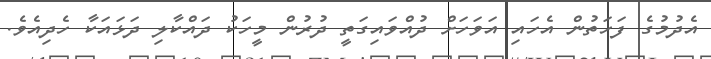
އެދުމުގެ ފަހަތުން އެހައި އަވަހަށް ދުއްވައިގަތީ ދުރުން މީހަކު ދައްކާލި ދަޅައަކާ ހެދިއެވެ.